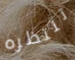
تنتظره